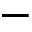
-